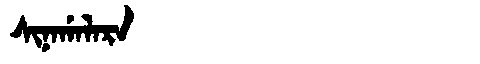
Manchu: ᠰᡳᠨᠠᡤᠠᠯᠠᡵᠠ
Romanization: SINAGALARA